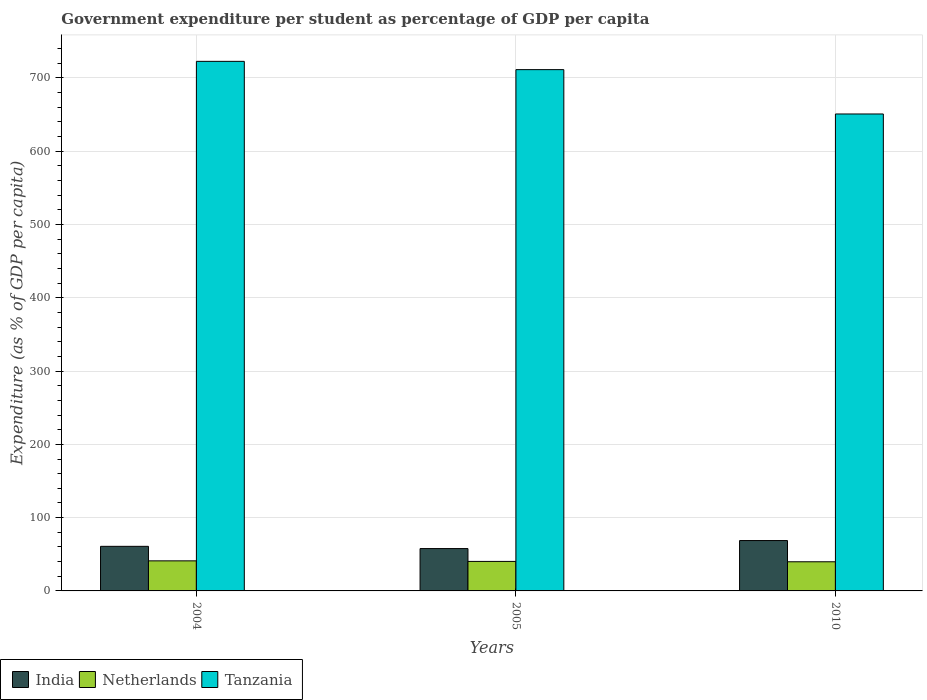
| Years | India | Netherlands | Tanzania |
 | --- | --- | --- | --- |
 | 2004 | 60.8 | 41 | 723 |
 | 2005 | 57.8 | 40.3 | 711 |
 | 2010 | 68.7 | 39.8 | 651 |